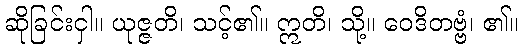
ဆိုခြင်းငှါ။ ယုဇ္ဇတိ၊ သင့်၏။ ဣတိ၊ သို့။ ဝေဒိတဗ္ဗံ၊ ၏။